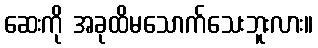
ဆေးကို အခုထိမသောက်သေးဘူးလား။